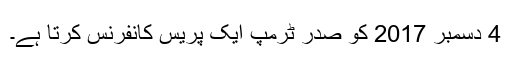
4 دسمبر 2017 کو صدر ٹرمپ ایک پریس کانفرنس کرتا ہے۔